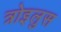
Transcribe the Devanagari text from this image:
त्रोइलुस